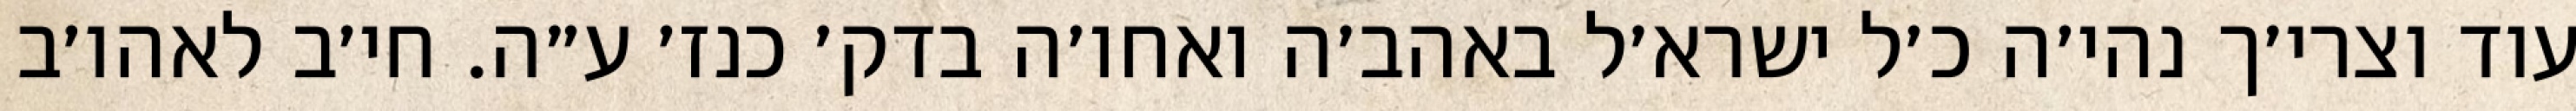
עוד וצרי׳ך נהי׳ה כ׳ל ישרא׳ל באהב׳ה ואחו׳ה בדק׳ כנז׳ ע״ה. חי׳ב לאהו׳ב